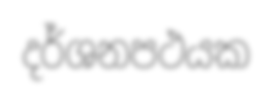
දර්ශනපථයක